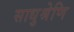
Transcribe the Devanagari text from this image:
साधुश्रेणि